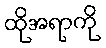
ထိုအရာကို